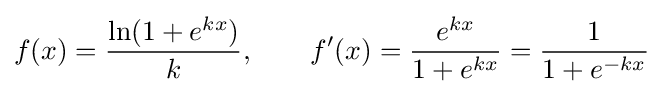
f(x)={\frac {\ln(1+e^{kx})}{k}},\qquad f'(x)={\frac {e^{kx}}{1+e^{kx}}}={\frac {1}{1+e^{-kx}}}